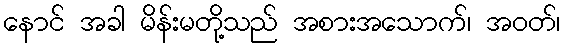
နောင် အခါ မိန်းမတို့သည် အစားအသောက်၊ အဝတ်၊